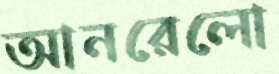
আনরেলো